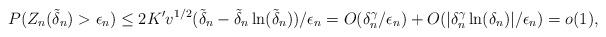
LaTeX: \begin{align*}P(Z_n(\tilde\delta_n)>\epsilon_n)\le 2K'v^{1/2}(\tilde\delta_n-\tilde\delta_n\ln(\tilde\delta_n))/\epsilon_n=O(\delta_n^\gamma/\epsilon_n)+O(|\delta_n^\gamma\ln(\delta_n)|/\epsilon_n)=o(1),\end{align*}